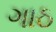
ગાઠ